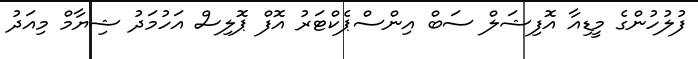
ފުލުހުންގެ މީޑިއާ އޮފިޝަލް ސަބް އިންސްޕެކްޓަރު އޮފް ޕޮލިސް އަހުމަދު ޝިޔާމް މިއަދު